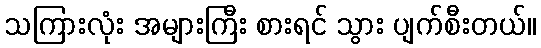
သကြားလုံး အများကြီး စားရင် သွား ပျက်စီးတယ်။